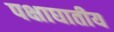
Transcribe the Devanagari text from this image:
पक्षाघातीय